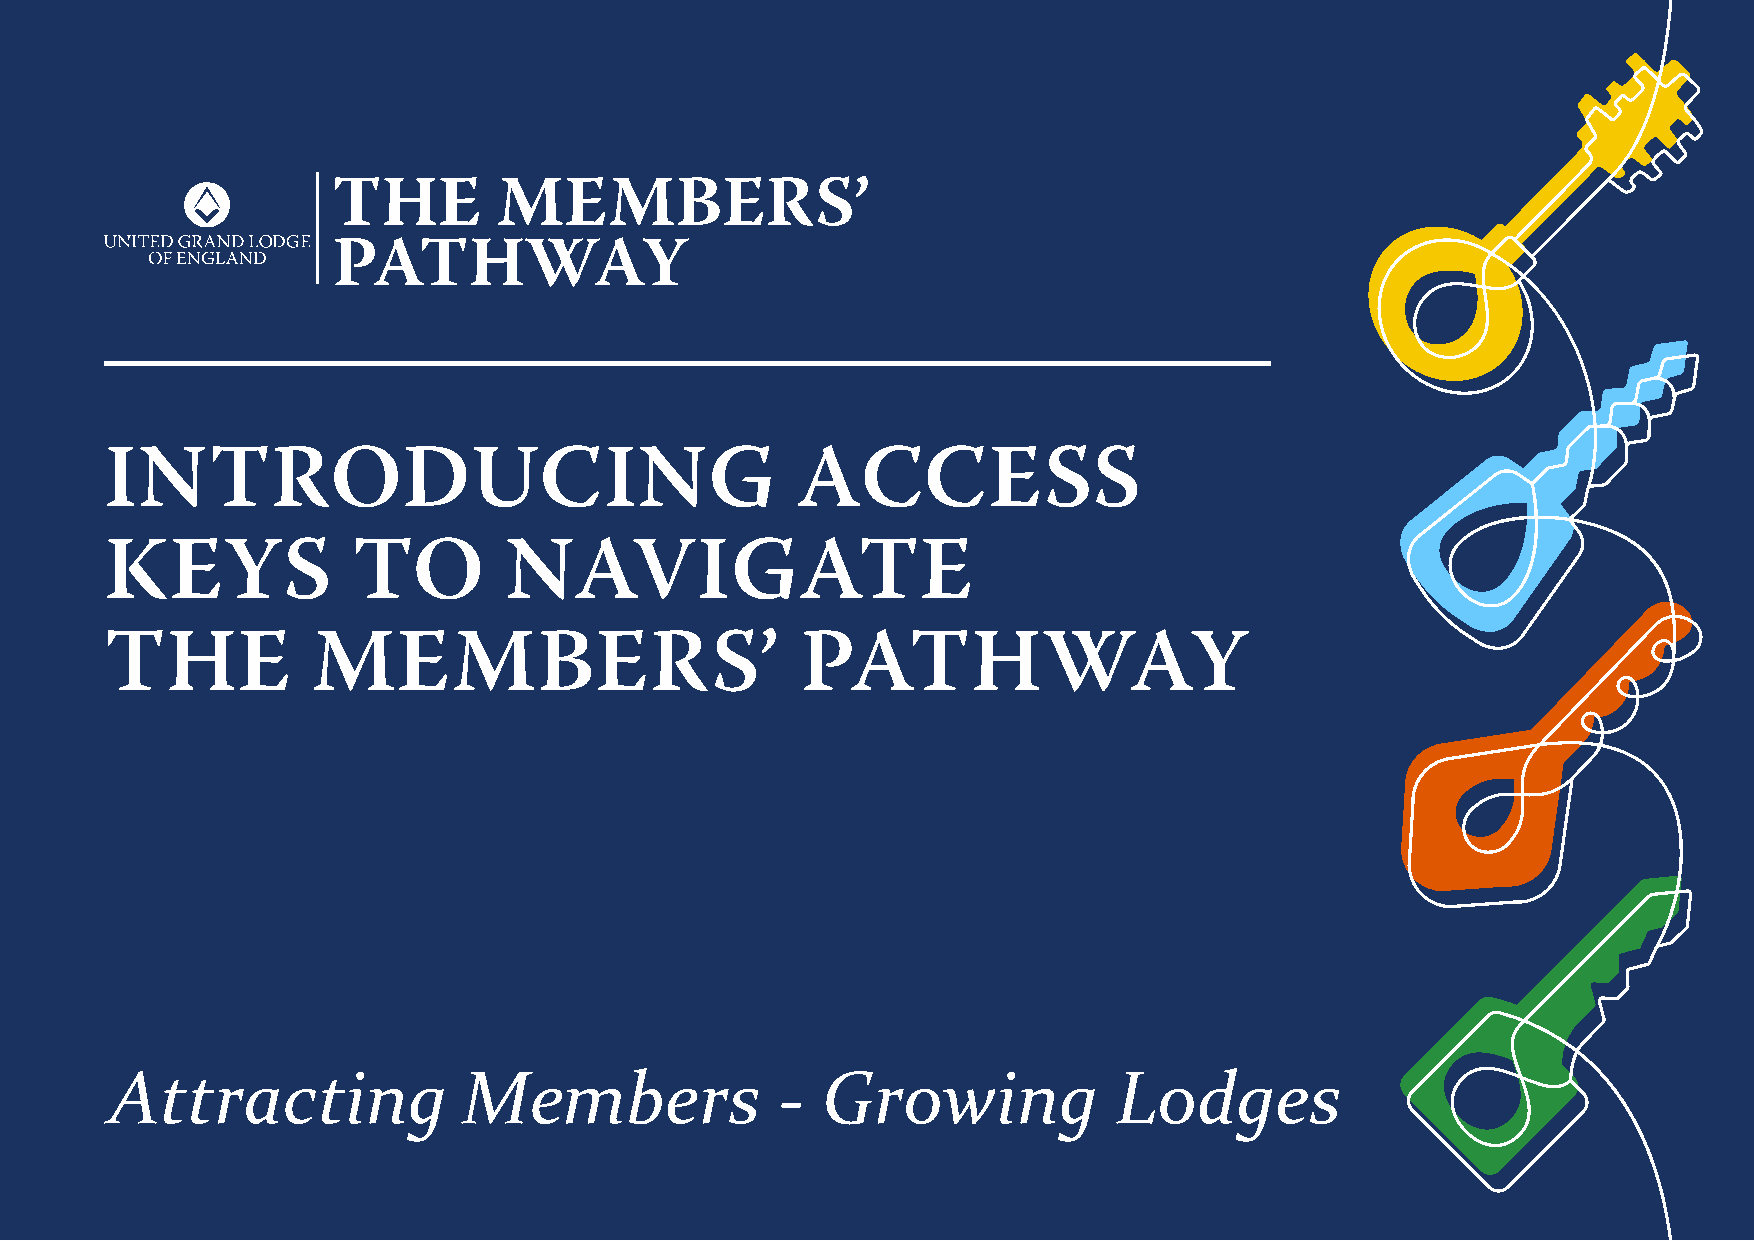
INTRODUCING                                   ACCESS
 KEYS            TO        NAVIGATE
 THE           MEMBERS’                        PATHWAY